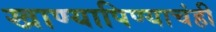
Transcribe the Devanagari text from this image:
खाण्यापिण्याचंही